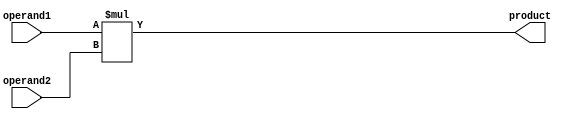
module fixed_point_multiplier (
    input signed [15:0] operand1,
    input signed [15:0] operand2,
    output reg signed [31:0] product
);

always @(*) begin
    product = operand1 * operand2;
end

endmodule